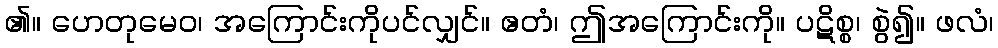
၏။ ဟေတုမေဝ၊ အကြောင်းကိုပင်လျှင်။ ဧတံ၊ ဤအကြောင်းကို။ ပဋိစ္စ၊ စွဲ၍။ ဖလံ၊